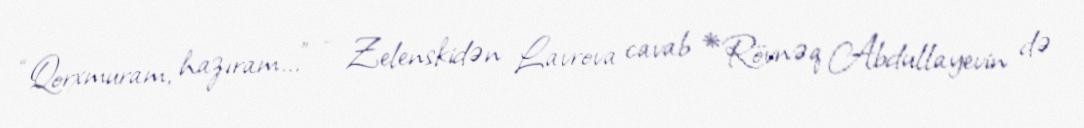
“Qorxmuram, hazıram...” - Zelenskidən Lavrova cavab *Rövnəq Abdullayevin də